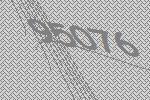
95076